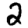
Digit: 2